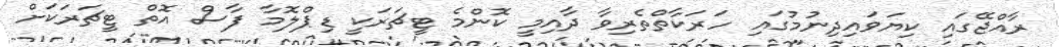
ރާއްޖޭގައި ކިޔަަވައިދިނުމުގައި ހަރަކާތްތެރިވާ ދާއިމީ ކޮންމެ ޓީޗަރަކީ ޑިޕްލޮމާ ފާސް އޮތް ޓީޗަރަކަށް